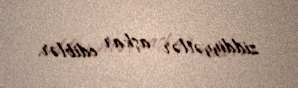
ziddiyyətlər aşkar ediblər.